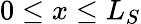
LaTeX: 0\leq x\leq L_{S}